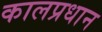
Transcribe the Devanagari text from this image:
कालप्रधान